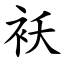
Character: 袄